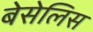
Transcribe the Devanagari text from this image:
बेसेलिस